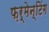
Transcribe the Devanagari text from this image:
फ़र्मेन्टिंग